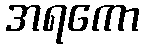
အရကော